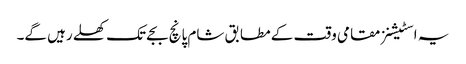
یہ اسٹیشنز مقامی وقت کے مطابق شام پانچ بجے تک کھلے رہیں گے۔